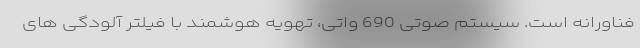
فناورانه است. سیستم صوتی 690 واتی، تهویه هوشمند با فیلتر آلودگی های